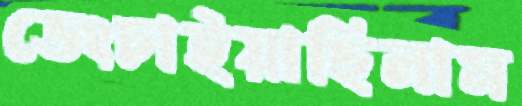
ভেংচাইয়াছিলাম